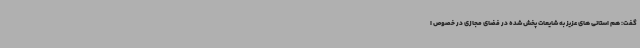
گفت: هم استانی های عزیز به شایعات پخش شده در فضای مجازی در خصوص ا